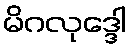
မိဂလုဒ္ဒေါ